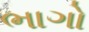
ભાગો